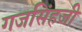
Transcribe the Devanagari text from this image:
गजसिंहजी